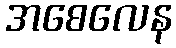
အစေလေန